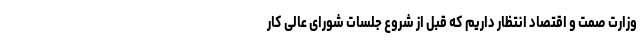
وزارت صمت و اقتصاد انتظار داریم که قبل از شروع جلسات شورای عالی کار